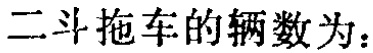
二斗拖车的辆数为：